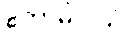
ဧကာဓိပ္ပါယံ